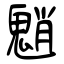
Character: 魈